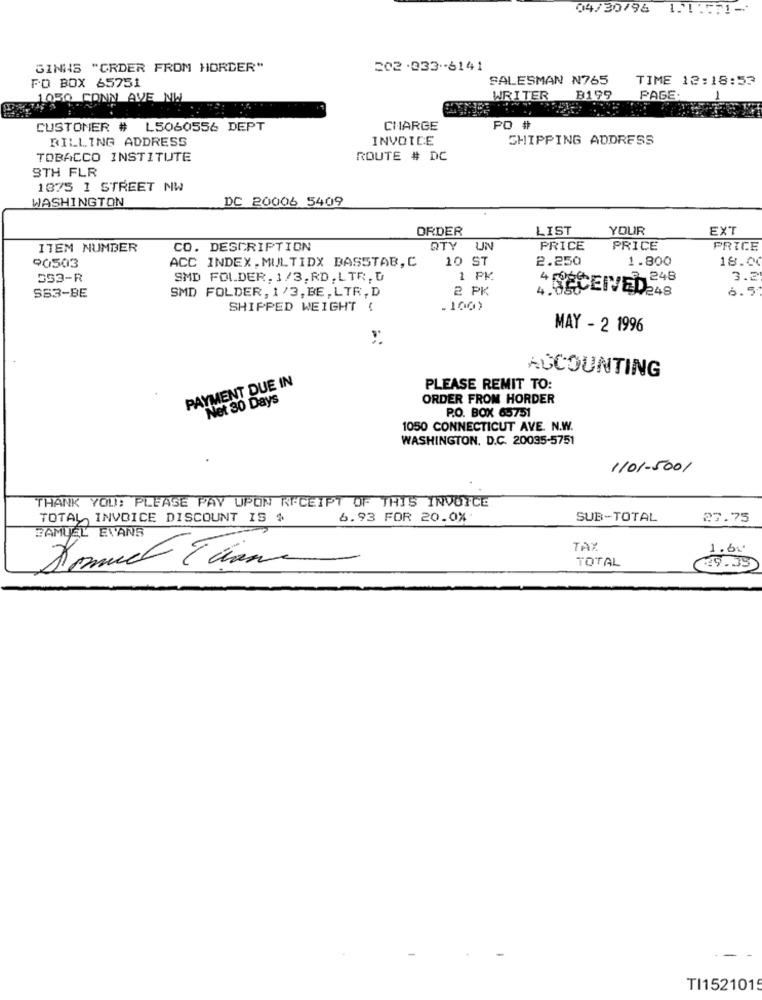
04/30/96
SINNS "ORDER FROM HORDER"
202 -333 -- 6141
SALESMAN N765
TIME 12:18:53
PO BOX 65751
1050 CONN AVE NW
WRITER
B199
PAGE:
-
CUSTOMER # L5060556 DEPT
CHARGE
PO #
BILLING ADDRESS
INVOICE
SHIPPING ADDRESS
TOBACCO INSTITUTE
ROUTE # DC
9TH FLR
1875 1 STREET NW
WASHINGTON
DC 20006 5409
ORDER
LIST
YOUR
EXT
ITEM NUMBER
CO. DESCRIPTION
QTY UN
PRICE
PRICE
PRICE
90503
ACC INDEX . MULTIDX BASSTAB, C
10 ST
2.250
1.800
18.00
553-R
SMD FOLDER. 1/3.RD.LTR, D
1 PK
248
3.2
SMD FOLDER, 1/3, BE, LTR, D
2 PK
4.85
4 RECEN/ ED248
6.5
SS3-BE
SHIPPED WEIGHT (
.100)
MAY - 2 1996
ACCOUNTING
PAYMENT DUE IN
PLEASE REMIT TO:
Net 30 Days
ORDER FROM HORDER
P.O. BOX 65751
1050 CONNECTICUT AVE. N.W.
WASHINGTON, D.C. 20035-5751
1101-5001
THANK YOU! PLEASE PAY UPON RECEIPT OF THIS INVOICE
TOTAL INVOICE DISCOUNT IS $
6.93 FOR 20.0%
SUB-TOTAL
27.75
SAMUEL EVANS
TAX
1.60
TOTAL
Domuch Tion
39.39
--
TI1521015